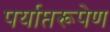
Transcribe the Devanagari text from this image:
पर्याप्तरूपेण